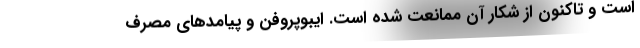
است و تاکنون از شکار آن ممانعت شده است. ایبوپروفن و پیامدهای مصرف